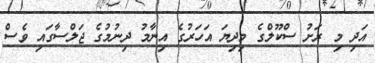
އަދި މި ރަށު ސްކޫލްގެ މިދިޔަ އަހަރުގެ އިނާމު ދިނުމުގެ ޖަލްސާގައި ވެސް